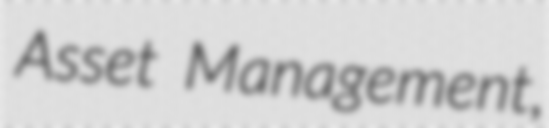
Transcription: Asset Management,